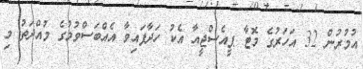
އުމުރުން 32 އަހަރުގެ މޮޓާ ޕީއެސްޖީއާ އެކު ހަދާފައިވާ އެއްބަސްވުމުގެ މުއްދަތު މި